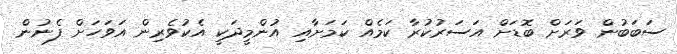
ސަބަބުން ވަރަށް ބޮޑަށް އަސަރުކުރާ ކަމެއް ކަމަށާއި އުންމީދަކީ އެކުވެރިން އަވަހަށް ފެނުން